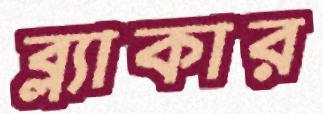
ব্ল্যাকার